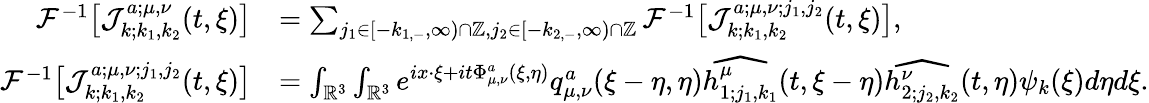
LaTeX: \begin{array}{rl}{\mathcal{F}^{-1}\big[\mathcal{J}_{k;k_{1},k_{2}}^{a;\mu,\nu}(t,\xi)\big]}&{=\sum_{j_{1}\in[-k_{1,-},\infty)\cap\mathbb{Z},j_{2}\in[-k_{2,-},\infty)\cap\mathbb{Z}}\mathcal{F}^{-1}\big[\mathcal{J}_{k;k_{1},k_{2}}^{a;\mu,\nu;j_{1},j_{2}}(t,\xi)\big],}\\ {\mathcal{F}^{-1}\big[\mathcal{J}_{k;k_{1},k_{2}}^{a;\mu,\nu;j_{1},j_{2}}(t,\xi)\big]}&{=\int_{\mathbb{R}^{3}}\int_{\mathbb{R}^{3}}e^{ix\cdot\xi+it\Phi_{\mu,\nu}^{a}(\xi,\eta)}q_{\mu,\nu}^{a}(\xi-\eta,\eta)\widehat{h_{1;j_{1},k_{1}}^{\mu}}(t,\xi-\eta)\widehat{h_{2;j_{2},k_{2}}^{\nu}}(t,\eta)\psi_{k}(\xi)d\eta d\xi.}\end{array}